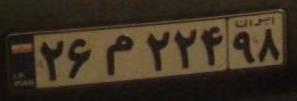
۲۶م۲۲۴۹۸